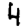
Digit: 4